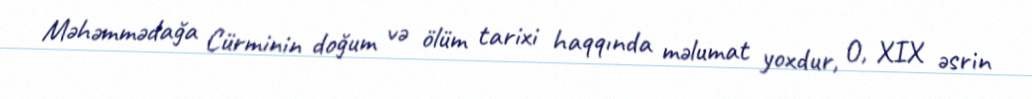
Məhəmmədağa Cürminin doğum və ölüm tarixi haqqında məlumat yoxdur, O, XIX əsrin